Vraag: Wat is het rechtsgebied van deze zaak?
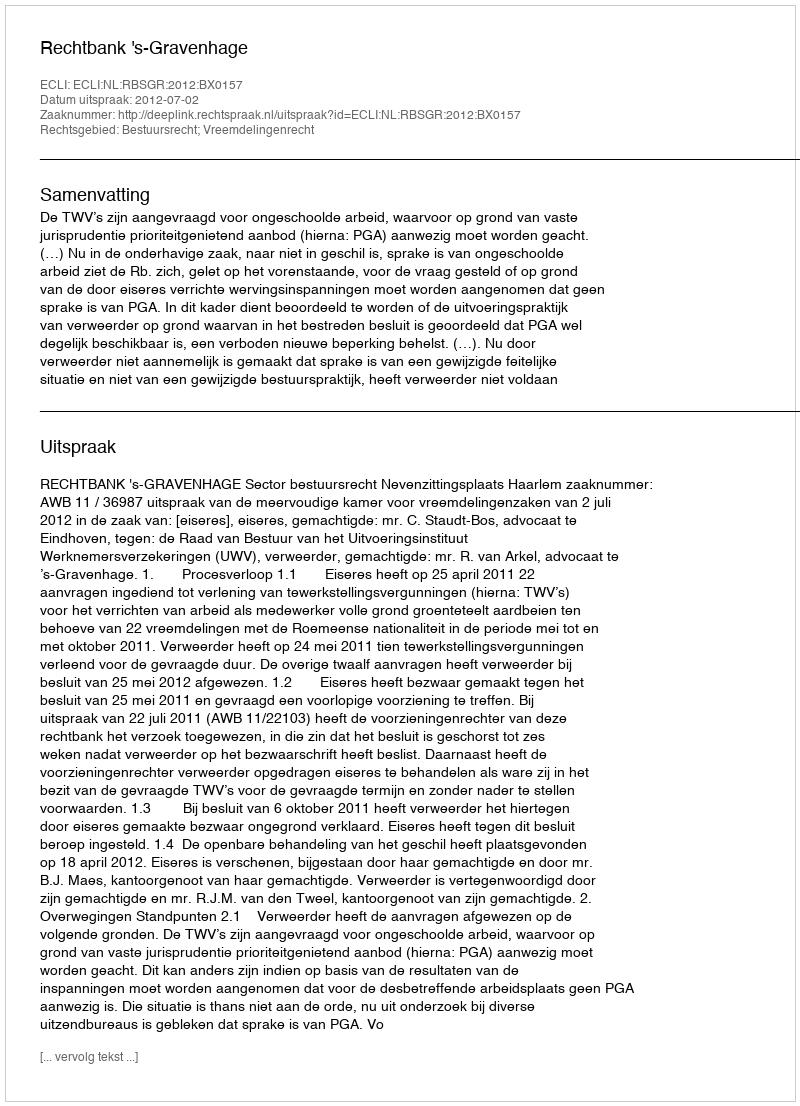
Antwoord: Bestuursrecht; Vreemdelingenrecht